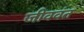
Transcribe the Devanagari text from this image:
जीववंत